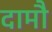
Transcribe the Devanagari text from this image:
दामौ